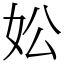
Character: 妐